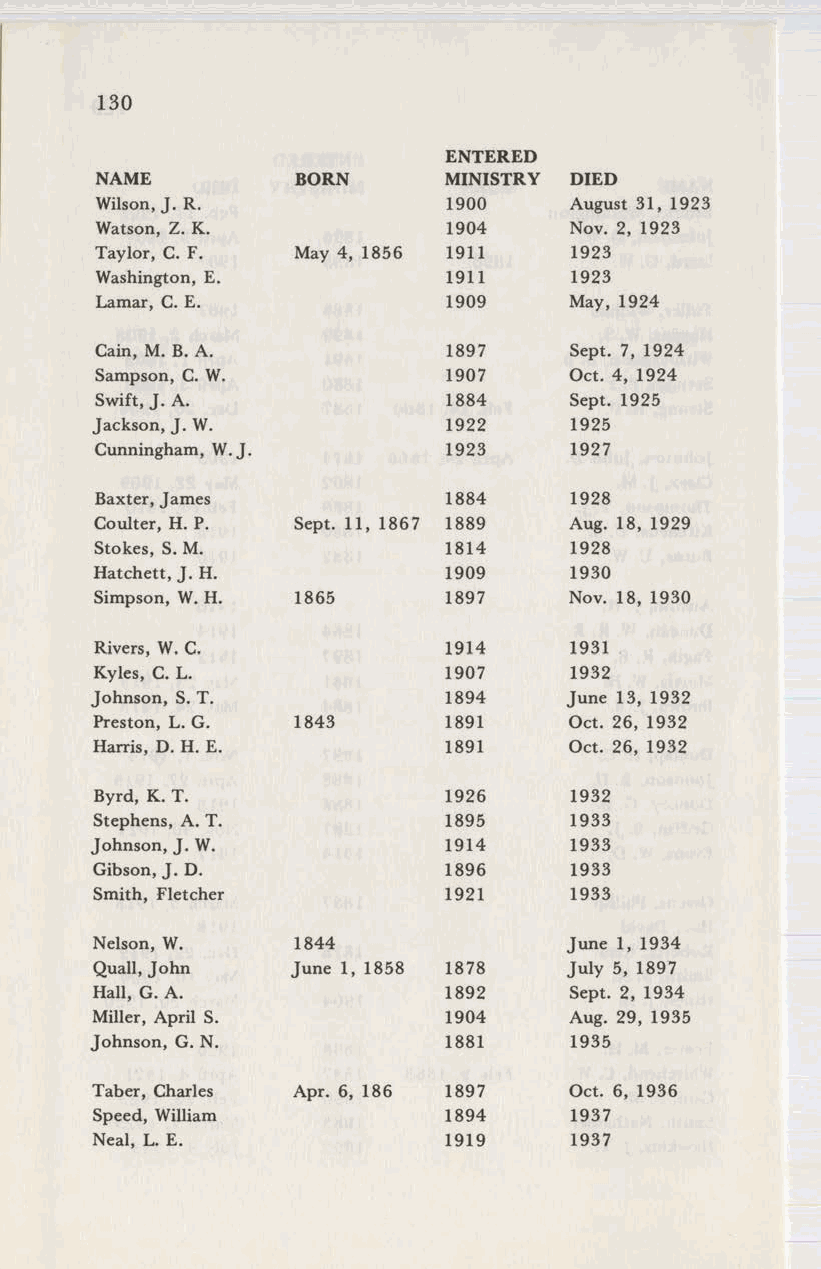
130
 ENTERED
 NAME          BORN     MINISTRY DIED
 Wilson, J. R.          1900     August 31, 1923
 Watson, Z. K.          1904     Nov. 2, 1923
 Taylor, C. F. May 4, 1856 1911  1923
 Washington, E.         1911     1923
 Lamar, C. E.           1909     May, 1924
 Cain, M. B.A.          1897     Sept. 7, 1924
 Sampson, C. W.         1907     Oct. 4, 1924
 Swift,J. A.            1884     Sept. 1925
 Jackson, J. W.         1922     1925
 Cunningham, W.J.       1923     1927
 Baxter,James           1884     1928
 Coulter, H. P. Sept. 11, 1867 1889 Aug. 18, 1929
 Stokes, S.M.           1814     1928
 Hatchett,J. H.         1909     1930
 Simpson, W.H. 1865     1897     Nov. 18, 1930
 Rivers, W.C.           1914     1931
 Kyles, C. L.           1907     1932
 Johnson, S. T.         1894    June 13, 1932
 Preston, L. G. 1843    1891     Oct. 26, 1932
 Harris, D. H. E.       1891     Oct. 26, 1932
 Byrd, K. T.            1926     1932
 Stephens, A. T.        1895     1933
 Johnson, J. W.         1914     1933
 Gibson,J. D.           1896     1933
 Smith, Fletcher        1921     1933
 Nelson, W.   1844              June 1, 1934
 Quail,John   June 1, 1858 1878 July 5, 1897
 Hall, G. A.            1892     Sept. 2, 1934
 Miller, April S.       1904     Aug. 29, 1935
 Johnson, G. N.         1881     1935
 Taber, Charles Apr. 6, 186 1897 Oct. 6, 1936
 Speed, William         1894     1937
 Neal, L. E.            1919     1937